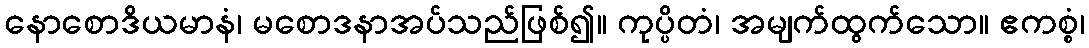
နောစောဒိယမာနံ၊ မစောဒနာအပ်သည်ဖြစ်၍။ ကုပ္ပိတံ၊ အမျက်ထွက်သော။ ဧကစ္စံ၊